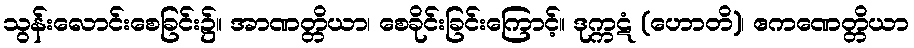
သွန်းလောင်းစေခြင်း၌။ အာဏတ္တိယာ၊ စေခိုင်းခြင်းကြောင့်။ ဒုက္ကဋံ (ဟောတိ)၊ ဧကဏေတ္တိယာ